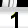
Digit: 1